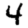
Digit: 4